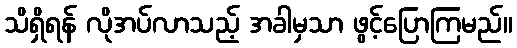
သိရှိရန် လိုအပ်လာသည့် အခါမှသာ ဖွင့်ပြောကြမည်။